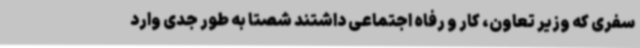
سفری که وزیر تعاون، کار و رفاه اجتماعی داشتند شصتا به طور جدی وارد